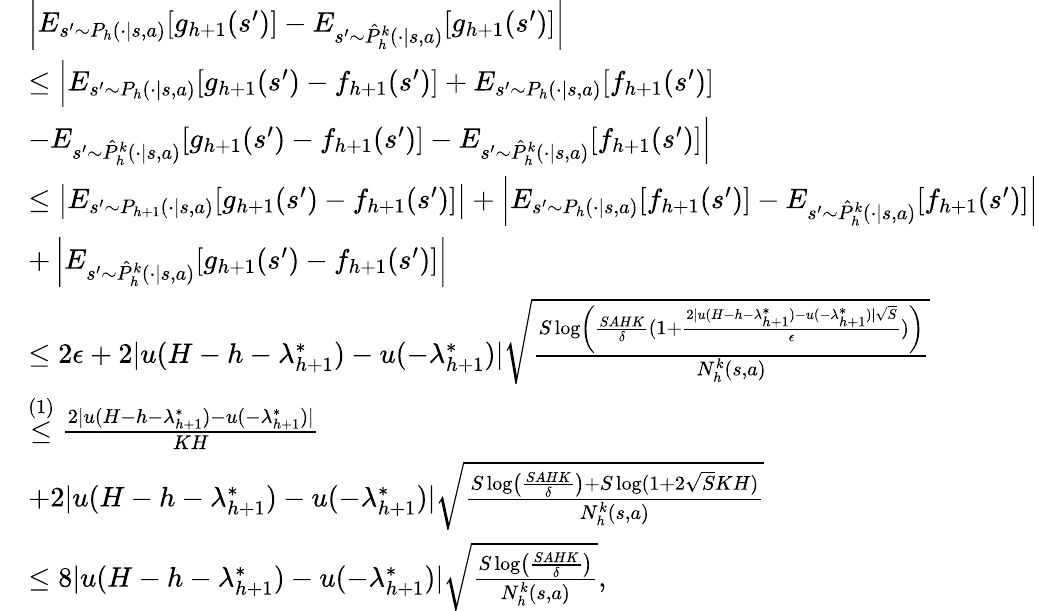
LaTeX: \begin{array}{rl}&{\left\vert E_{s^{\prime}\sim P_{h}(\cdot\vert s,a)}[g_{h+1}(s^{\prime})]-E_{s^{\prime}\sim\hat{P}_{h}^{k}(\cdot\vert s,a)}[g_{h+1}(s^{\prime})]\right\vert}\\ &{\leq\Big\vert E_{s^{\prime}\sim P_{h}(\cdot\vert s,a)}[g_{h+1}(s^{\prime})-f_{h+1}(s^{\prime})]+E_{s^{\prime}\sim P_{h}(\cdot\vert s,a)}[f_{h+1}(s^{\prime})]}\\ &{-E_{s^{\prime}\sim\hat{P}_{h}^{k}(\cdot\vert s,a)}[g_{h+1}(s^{\prime})-f_{h+1}(s^{\prime})]-E_{s^{\prime}\sim\hat{P}_{h}^{k}(\cdot\vert s,a)}[f_{h+1}(s^{\prime})]\Big\vert}\\ &{\leq\left\vert E_{s^{\prime}\sim P_{h+1}(\cdot\vert s,a)}[g_{h+1}(s^{\prime})-f_{h+1}(s^{\prime})]\right\vert+\left\vert E_{s^{\prime}\sim P_{h}(\cdot\vert s,a)}[f_{h+1}(s^{\prime})]-E_{s^{\prime}\sim\hat{P}_{h}^{k}(\cdot\vert s,a)}[f_{h+1}(s^{\prime})]\right\vert}\\ &{+\left\vert E_{s^{\prime}\sim\hat{P}_{h}^{k}(\cdot\vert s,a)}[g_{h+1}(s^{\prime})-f_{h+1}(s^{\prime})]\right\vert}\\ &{\leq 2\epsilon+2\vert u(H-h-\lambda_{h+1}^{*})-u(-\lambda_{h+1}^{*})\vert\sqrt{\frac{S\log\left(\frac{SAHK}{\delta}(1+\frac{2\vert u(H-h-\lambda_{h+1}^{*})-u(-\lambda_{h+1}^{*})\vert\sqrt{S}}{\epsilon})\right)}{N_{h}^{k}(s,a)}}}\\ &{\overset{(1)}{\leq}\frac{2\vert u(H-h-\lambda_{h+1}^{*})-u(-\lambda_{h+1}^{*})\vert}{KH}}\\ &{+2\vert u(H-h-\lambda_{h+1}^{*})-u(-\lambda_{h+1}^{*})\vert\sqrt{\frac{S\log\left(\frac{SAHK}{\delta}\right)+S\log(1+2\sqrt{S}KH)}{N_{h}^{k}(s,a)}}}\\ &{\leq 8\vert u(H-h-\lambda_{h+1}^{*})-u(-\lambda_{h+1}^{*})\vert\sqrt{\frac{S\log\left(\frac{SAHK}{\delta}\right)}{N_{h}^{k}(s,a)}},}\end{array}